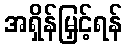
အရှိန်မြှင့်ရန်